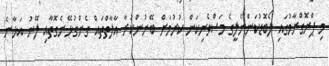
މި ޕްރޮގްރާމުގައި ލޯބޮޑުކަންނެލީގެ މަސްވެރިކަން ކުރުމަށް ބޭނުންކުރާ އާލާތްތައް ގެންގުޅޭނެގޮތާއި ލޭނު އަޅާނެ